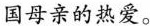
国母亲的热爱。